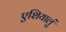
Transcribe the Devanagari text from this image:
एशियालुं